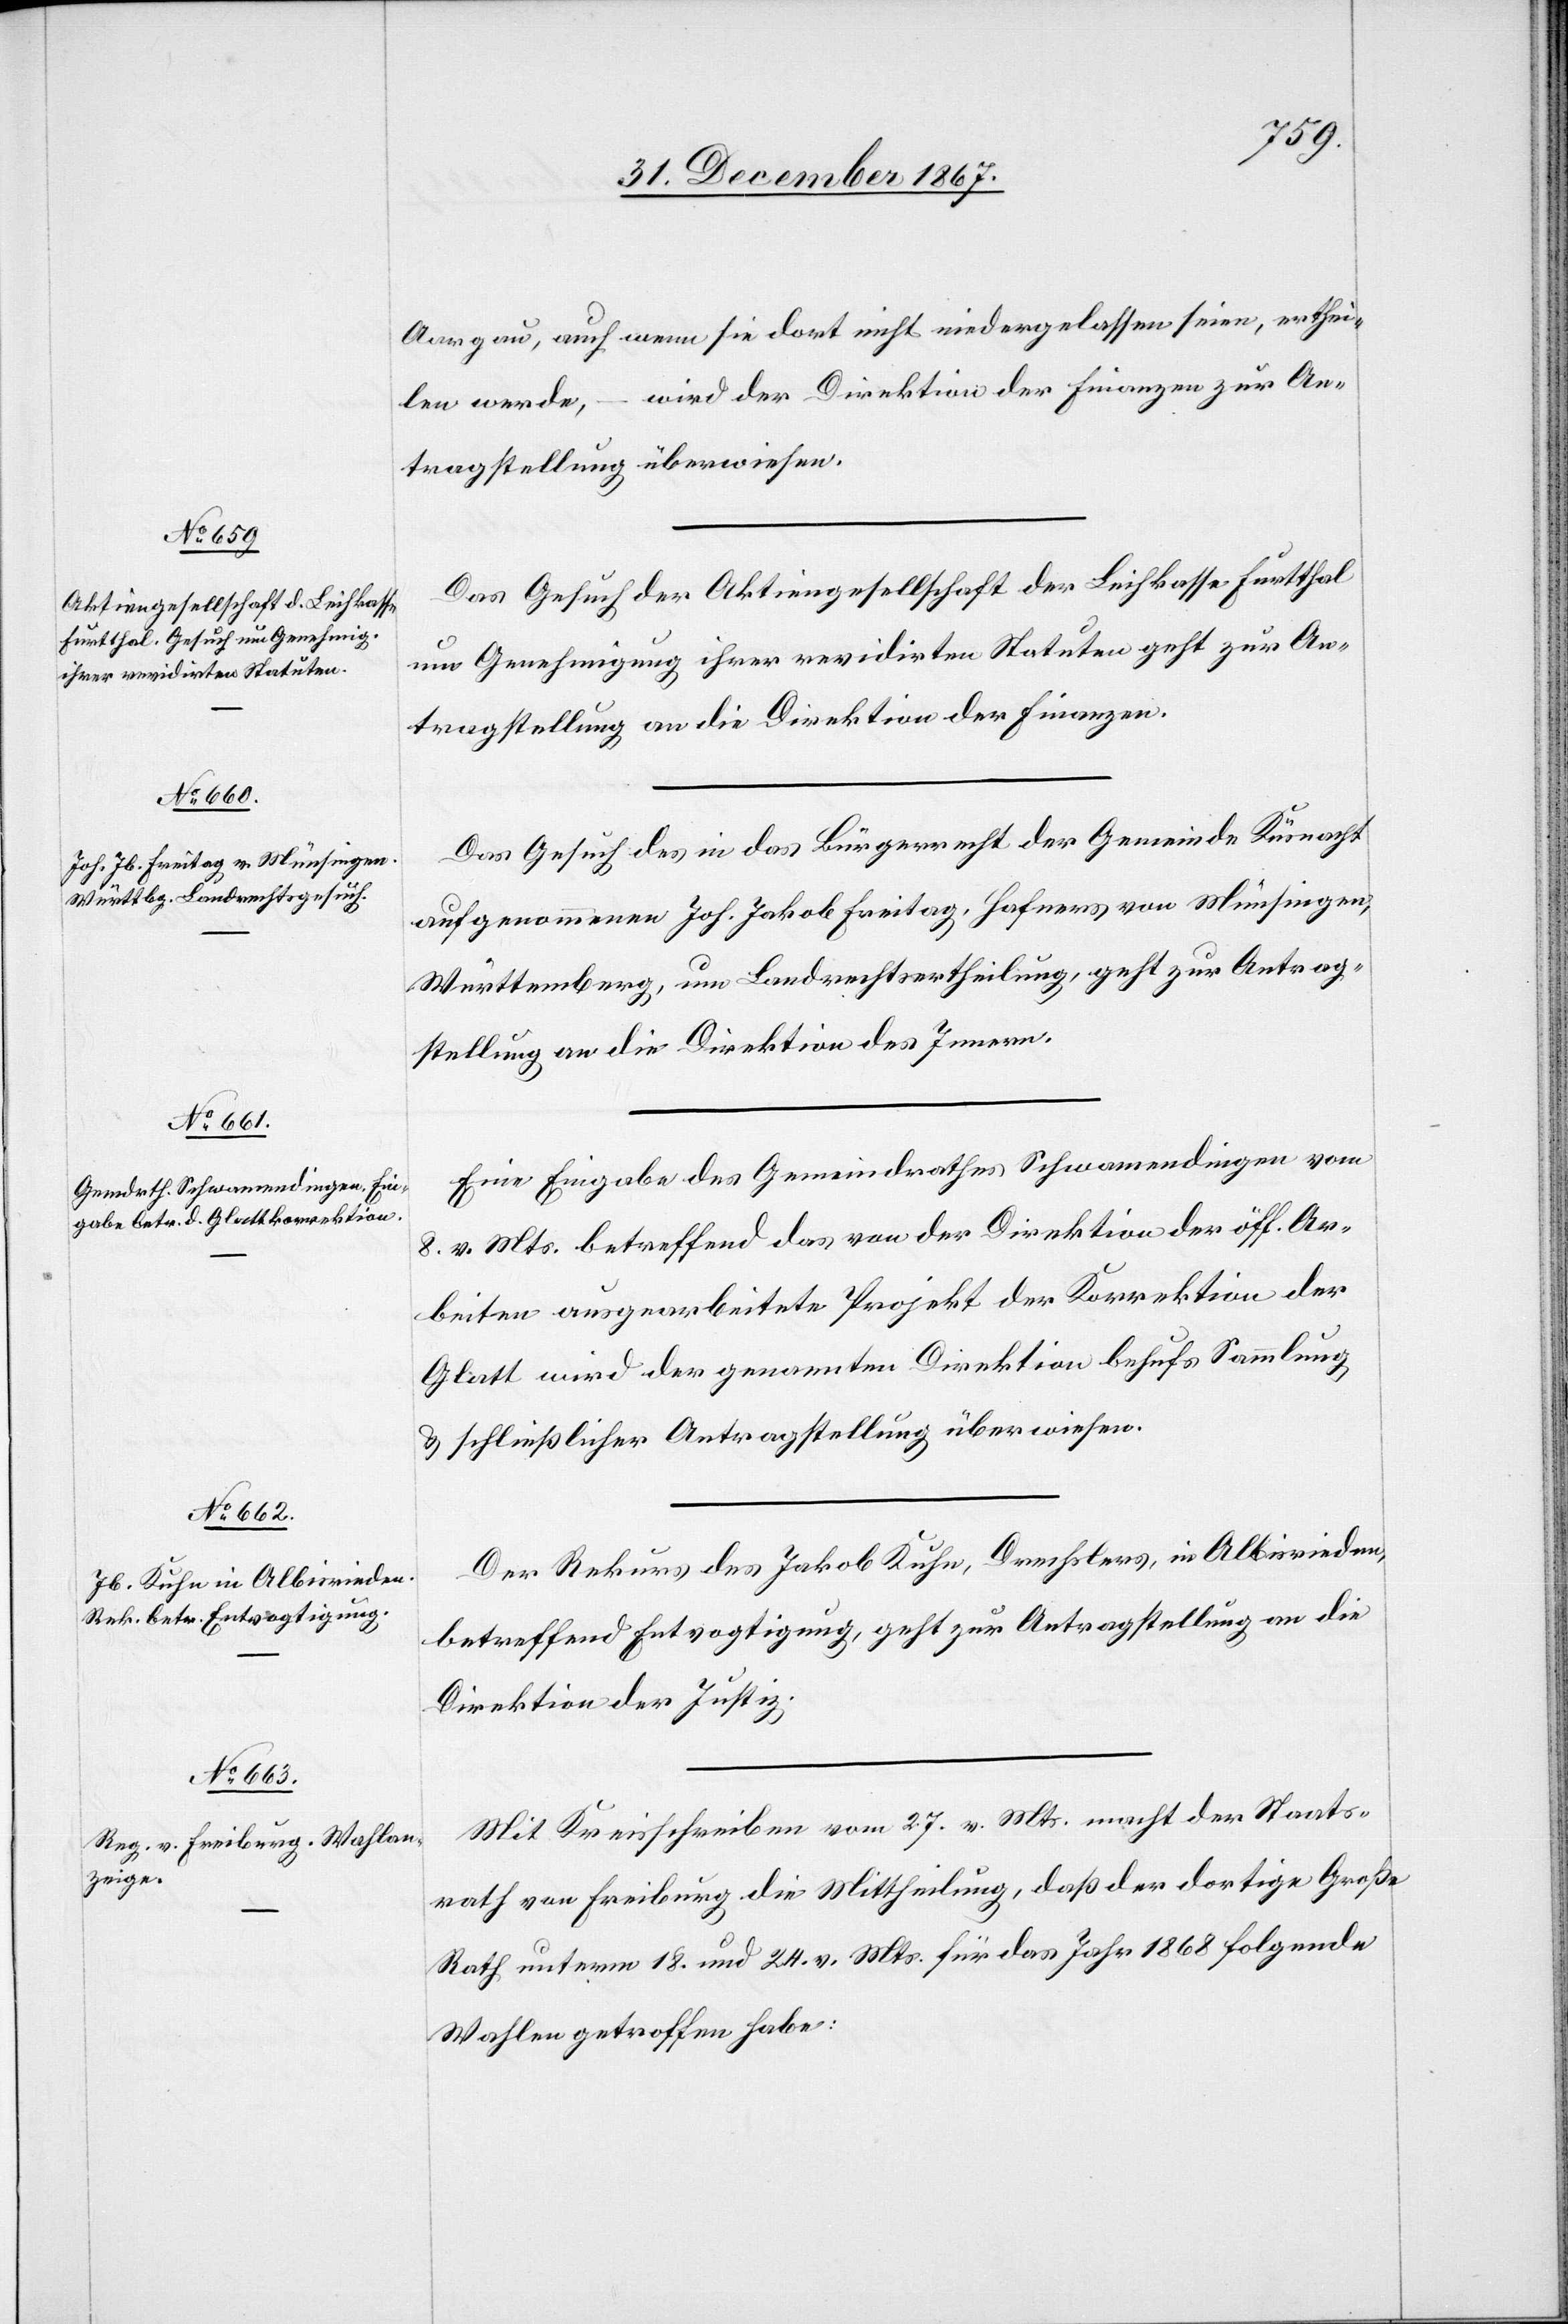
1868.]

Aargau, auch wenn sie dort nicht niedergelassen seien, erthei¬
len werde, – wird der Direktion der Finanzen zur An¬
tragstellung überwiesen.
Das Gesuch der Aktiengesellschaft der Leihkasse Furtthal
um Genehmigung ihrer revidirten Statuten geht zur An¬
tragstellung an die Direktion der Finanzen.
Das Gesuch des in das Bürgerrecht der Gemeinde Küsnach
aufgenommenen Joh. Jakob Freitag, Hafners von Münsingen,
Württemberg, um Landrechtsertheilung geht zur Antrag¬
stellung an die Direktion des Innern.
Eine Eingabe des Gemeindrathes Schwamendingen vom
8. v. Mts. betreffend das von der Direktion der öff. Ar¬
beiten ausgearbeitete Projekt der Korrektion der
Glatt wird der genannten Direktion behufs Sammlung
u. schließlicher Antragstellung überwiesen.
Der Rekurs des Jakob Kuhn, Drechslers, in Albisrieden,
betreffend Entvogtigung, geht zur Antragstellung an die
Direktion der Justiz.
Mit Kreisschreiben vom 27. v. Mts. macht der Staats¬
rath von Freiburg die Mittheilung, daß der dortige Große
Rath unterm 18. und 24. v. Mts. für das Jahr 1868 folgende
Wahlen getroffen habe: